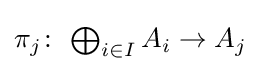
{\textstyle \pi _{j}\colon \,\bigoplus _{i\in I}A_{i}\to A_{j}}